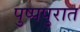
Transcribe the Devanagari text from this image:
पुष्पपुरात